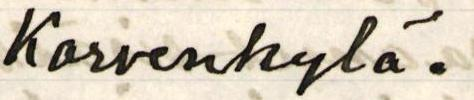
Korvenkylä.